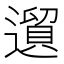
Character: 𲅸